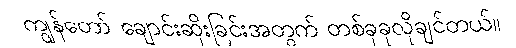
ကျွန်တော် ချောင်းဆိုးခြင်းအတွက် တစ်ခုခုလိုချင်တယ်။